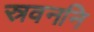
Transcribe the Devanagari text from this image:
स्रवननि